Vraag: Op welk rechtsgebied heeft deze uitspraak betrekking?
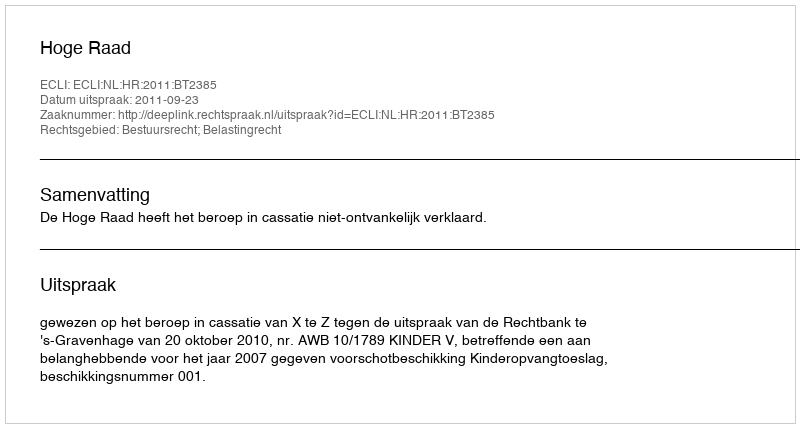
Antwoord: Bestuursrecht; Belastingrecht